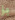
بز